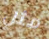
مثل